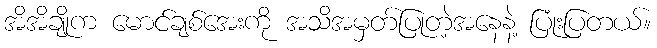
အိအိချိုက မောင်ချစ်အေးကို အသိအမှတ်ပြုတဲ့အနေနဲ့ ပြုံးပြတယ်။